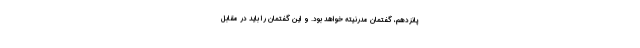
پانزدهم، گفتمان مدرنیته خواهد بود. و این گفتمان را باید در مقابل